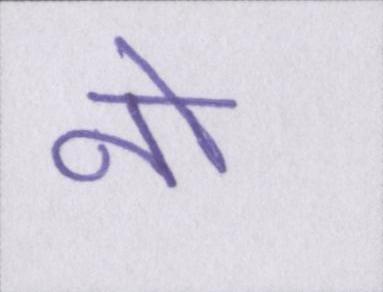
नो